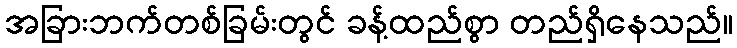
အခြားဘက်တစ်ခြမ်းတွင် ခန့်ထည်စွာ တည်ရှိနေသည်။